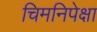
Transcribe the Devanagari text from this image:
चिमनिपेक्षा